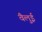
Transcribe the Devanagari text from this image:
वैलुई